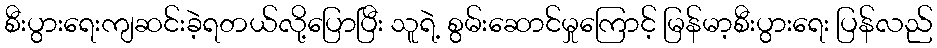
စီးပွားရေးကျဆင်းခဲ့ရတယ်လို့ပြောပြီး သူရဲ့ စွမ်းဆောင်မှုကြောင့် မြန်မာ့စီးပွားရေး ပြန်လည်